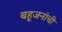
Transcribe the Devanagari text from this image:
बहूजनांची